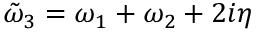
\Tilde { \omega } _ { 3 } = \omega _ { 1 } + \omega _ { 2 } + 2 i \eta